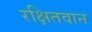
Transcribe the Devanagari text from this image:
रक्षितवान